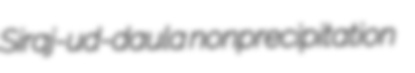
Siraj-ud-daula nonprecipitation